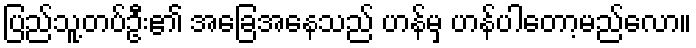
ပြည်သူ့တပ်ဦး၏ အခြေအနေသည် ဟန်မှ ဟန်ပါတော့မည်လော။